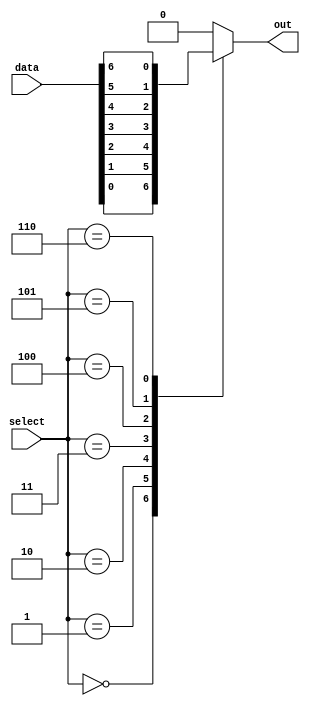
module mux_128to1 (
    input [127:0] data,
    input [6:0] select,
    output reg out
);

reg [127:0] mux_output [6:0];

always @* begin
    case (select)
        0: out = data[0];
        1: out = data[1];
        2: out = data[2];
        3: out = data[3];
        4: out = data[4];
        5: out = data[5];
        6: out = data[6];
        // add more cases for all 128 inputs
        default: out = 0;
    endcase
end

endmodule